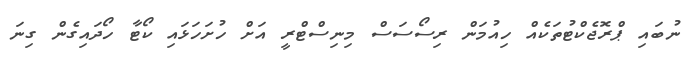
ނުބައި ޕްރޮޖެކްޓުތަކެއް ހިއުމަން ރިސޯސަސް މިނިސްޓްރީ އަށް ހުށަހަޅައި ކޯޓާ ހޯދައިގެން ގިނަ